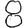
Digit: 8